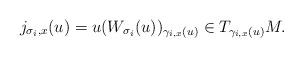
LaTeX: \begin{align*} j_{\sigma_i,x}(u) = u (W_{\sigma_i}(u))_{\gamma_{i,x}(u)} \in T_{\gamma_{i,x}(u)}M.\end{align*}